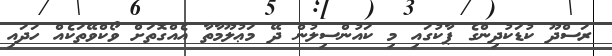
ރަސްދޫ ކުޑަކުދިންގެ ޕާކުގައި މި ކައުންސިލުން ދޭ މަޢުލޫމާތާ އެއްގޮތަށް ވޯކްވޭތަކެއް ހަދައި